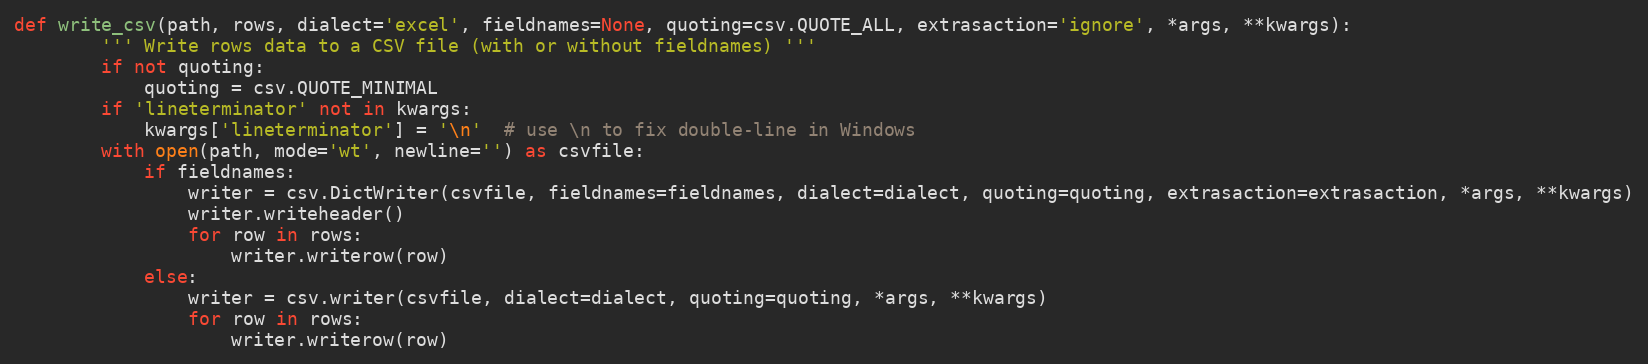
Language: Python
def write_csv(path, rows, dialect='excel', fieldnames=None, quoting=csv.QUOTE_ALL, extrasaction='ignore', *args, **kwargs):
        ''' Write rows data to a CSV file (with or without fieldnames) '''
        if not quoting:
            quoting = csv.QUOTE_MINIMAL
        if 'lineterminator' not in kwargs:
            kwargs['lineterminator'] = '\n'  # use \n to fix double-line in Windows
        with open(path, mode='wt', newline='') as csvfile:
            if fieldnames:
                writer = csv.DictWriter(csvfile, fieldnames=fieldnames, dialect=dialect, quoting=quoting, extrasaction=extrasaction, *args, **kwargs)
                writer.writeheader()
                for row in rows:
                    writer.writerow(row)
            else:
                writer = csv.writer(csvfile, dialect=dialect, quoting=quoting, *args, **kwargs)
                for row in rows:
                    writer.writerow(row)